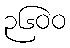
၃၆၀၀